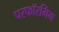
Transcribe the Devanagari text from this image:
परफॉरमिंग